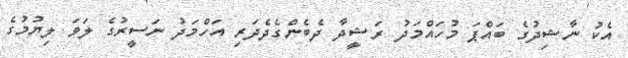
އެކު ނާޝިދުގެ ބައްޕަ މުހައްމަދު ރަޝީދާ ދެބެންގެދެދަރި އަހްމަދުު ނަސީރުގެ ލަވަ ލިޔުމުގެ